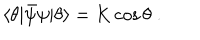
\langle \theta | \bar { \psi } \psi | \theta \rangle = K \cos \theta \; .